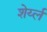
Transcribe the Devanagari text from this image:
शेर्य्ल